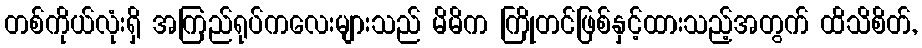
တစ်ကိုယ်လုံးရှိ အကြည်ရုပ်ကလေးများသည် မိမိက ကြိုတင်ဖြစ်နှင့်ထားသည့်အတွက် ထိသိစိတ်,